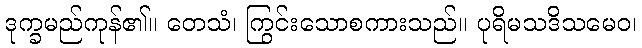
ဒုက္ခမည်ကုန်၏။ တေသံ၊ ကြွင်းသောစကားသည်။ ပုရိမသဒိသမေဝ၊